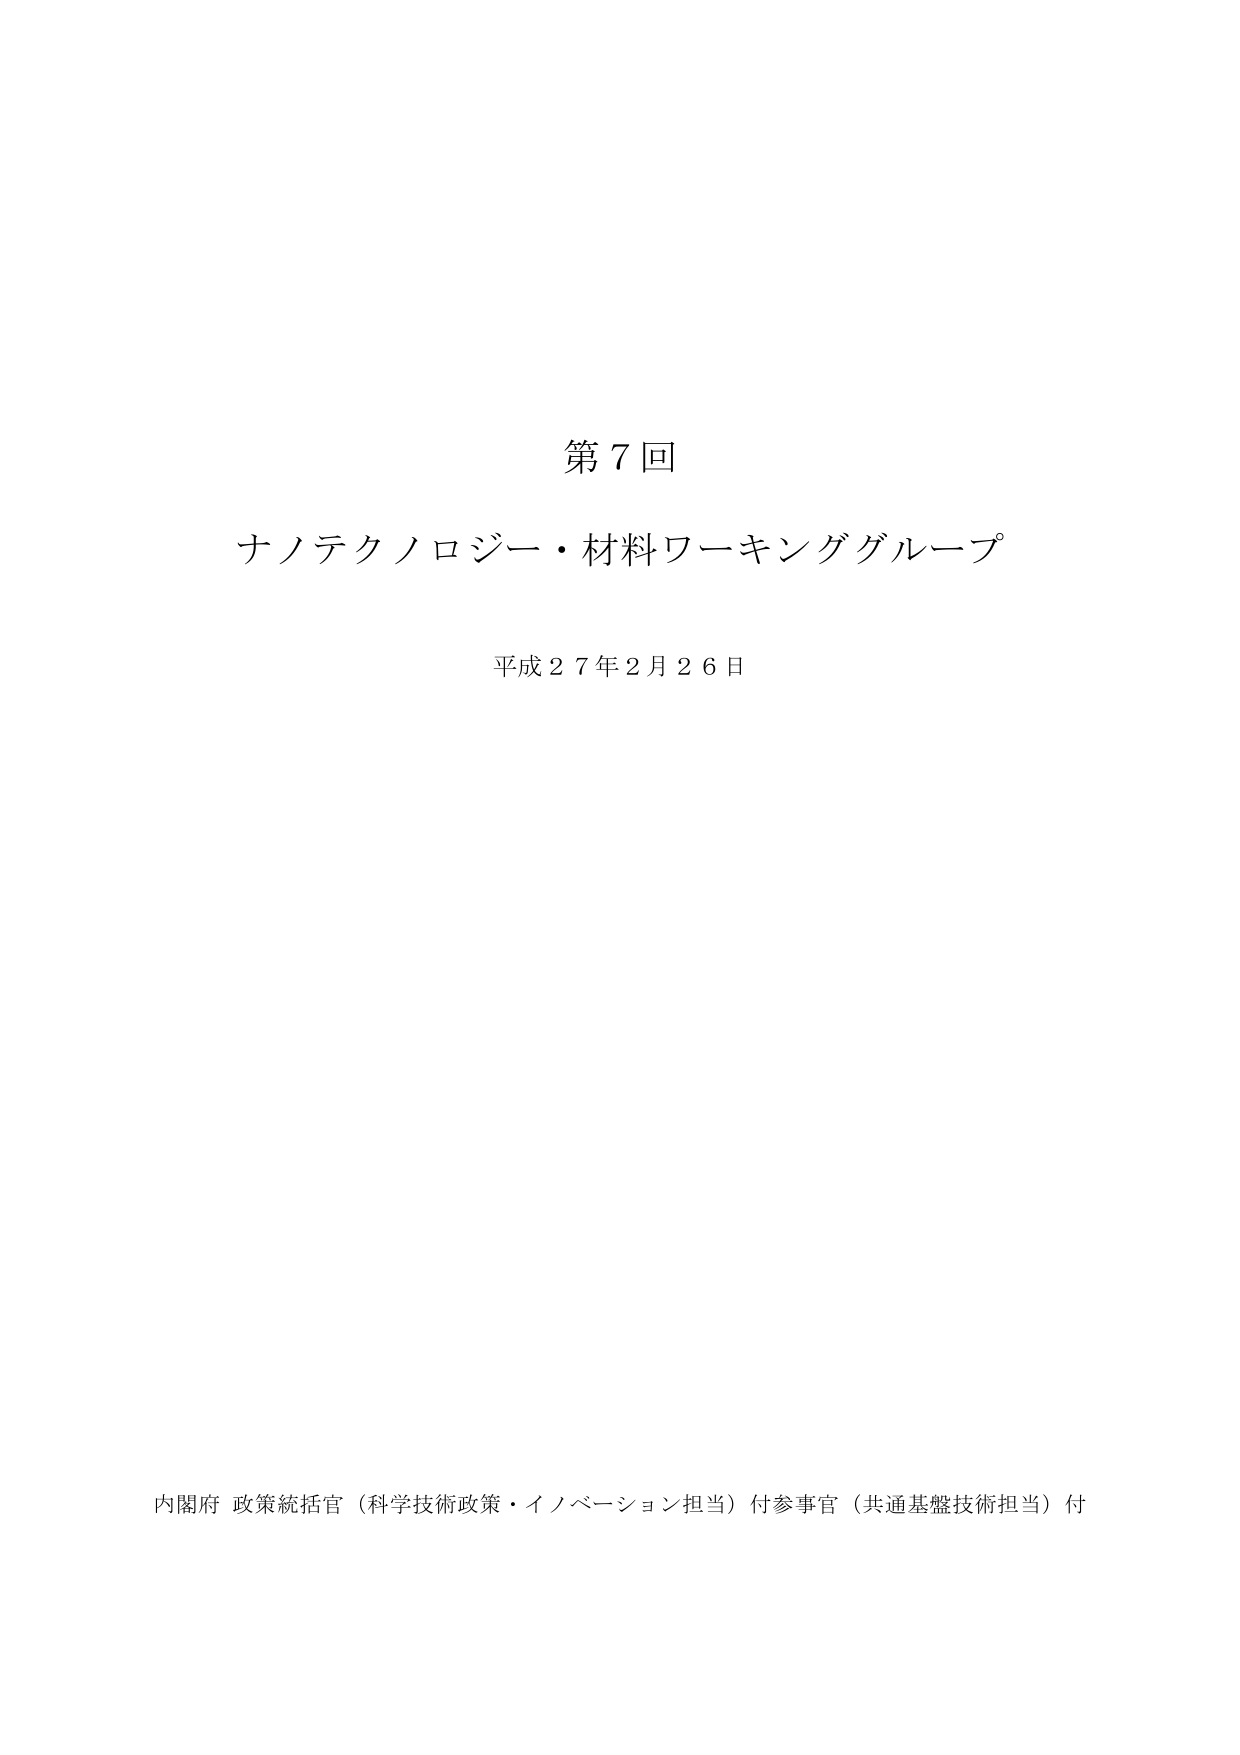
第７回
ナノテクノロジー・材料ワーキンググループ
平成２７年２月２６日

内閣府 政策統括官（科学技術政策・イノベーション担当）付参事官（共通基盤技術担当）付